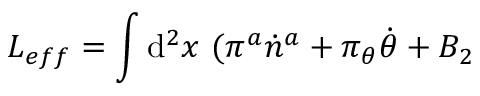
L _ { e f f } = \int \mathrm { d } ^ { 2 } x ~ ( \pi ^ { a } \dot { n } ^ { a } + \pi _ { \theta } \dot { \theta } + B _ { 2 }